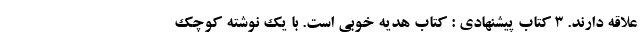
علاقه دارند. 3 کتاب پیشنهادی : کتاب هدیه خوبی است. با یک نوشته کوچک